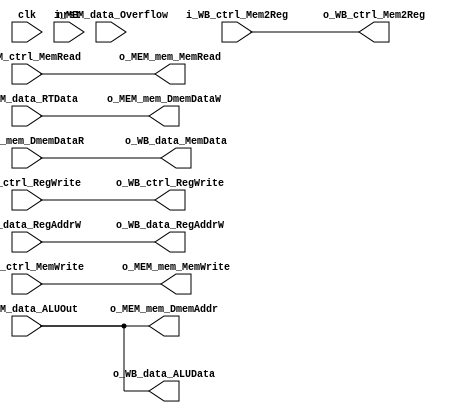
module MEM(
	/* --- global --- */
	input	wire	clk,
	input	wire	nrst,
	/* --- input --- */
	input	wire	[31:0]	i_MEM_data_RTData,
	input	wire			i_MEM_ctrl_MemWrite,
	input	wire			i_MEM_ctrl_MemRead,
	input	wire	[31:0]	i_MEM_data_ALUOut,
	input	wire			i_MEM_data_Overflow,
	input	wire	[31:0]	i_MEM_mem_DmemDataR,
	/* --- output --- */
	output	wire	[31:0]	o_WB_data_MemData,
	output	wire	[31:0]	o_WB_data_ALUData,
	output	wire	[31:0]	o_MEM_mem_DmemAddr,
	output	wire	[31:0]	o_MEM_mem_DmemDataW,
	output	wire			o_MEM_mem_MemRead,
	output	wire			o_MEM_mem_MemWrite,
	/* --- bypass --- */
	input	wire			i_WB_ctrl_Mem2Reg,
	output	wire			o_WB_ctrl_Mem2Reg,
	input	wire			i_WB_ctrl_RegWrite,
	output	wire			o_WB_ctrl_RegWrite,
	input	wire	[4:0]	i_WB_data_RegAddrW,
	output	wire	[4:0]	o_WB_data_RegAddrW
);

	/* Output Assignment Begin */
    assign o_WB_data_MemData = i_MEM_mem_DmemDataR;
    assign o_WB_data_ALUData = i_MEM_data_ALUOut;
    assign o_MEM_mem_DmemAddr = i_MEM_data_ALUOut;
    assign o_MEM_mem_DmemDataW = i_MEM_data_RTData;
    assign o_MEM_mem_MemRead = i_MEM_ctrl_MemRead;
    assign o_MEM_mem_MemWrite = i_MEM_ctrl_MemWrite;
	/* Output Assignment End */

	/* Bypass Assignment Begin */
	assign o_WB_ctrl_Mem2Reg = i_WB_ctrl_Mem2Reg;
	assign o_WB_ctrl_RegWrite = i_WB_ctrl_RegWrite;
	assign o_WB_data_RegAddrW = i_WB_data_RegAddrW;
	/* Bypass Assignment End */

endmodule